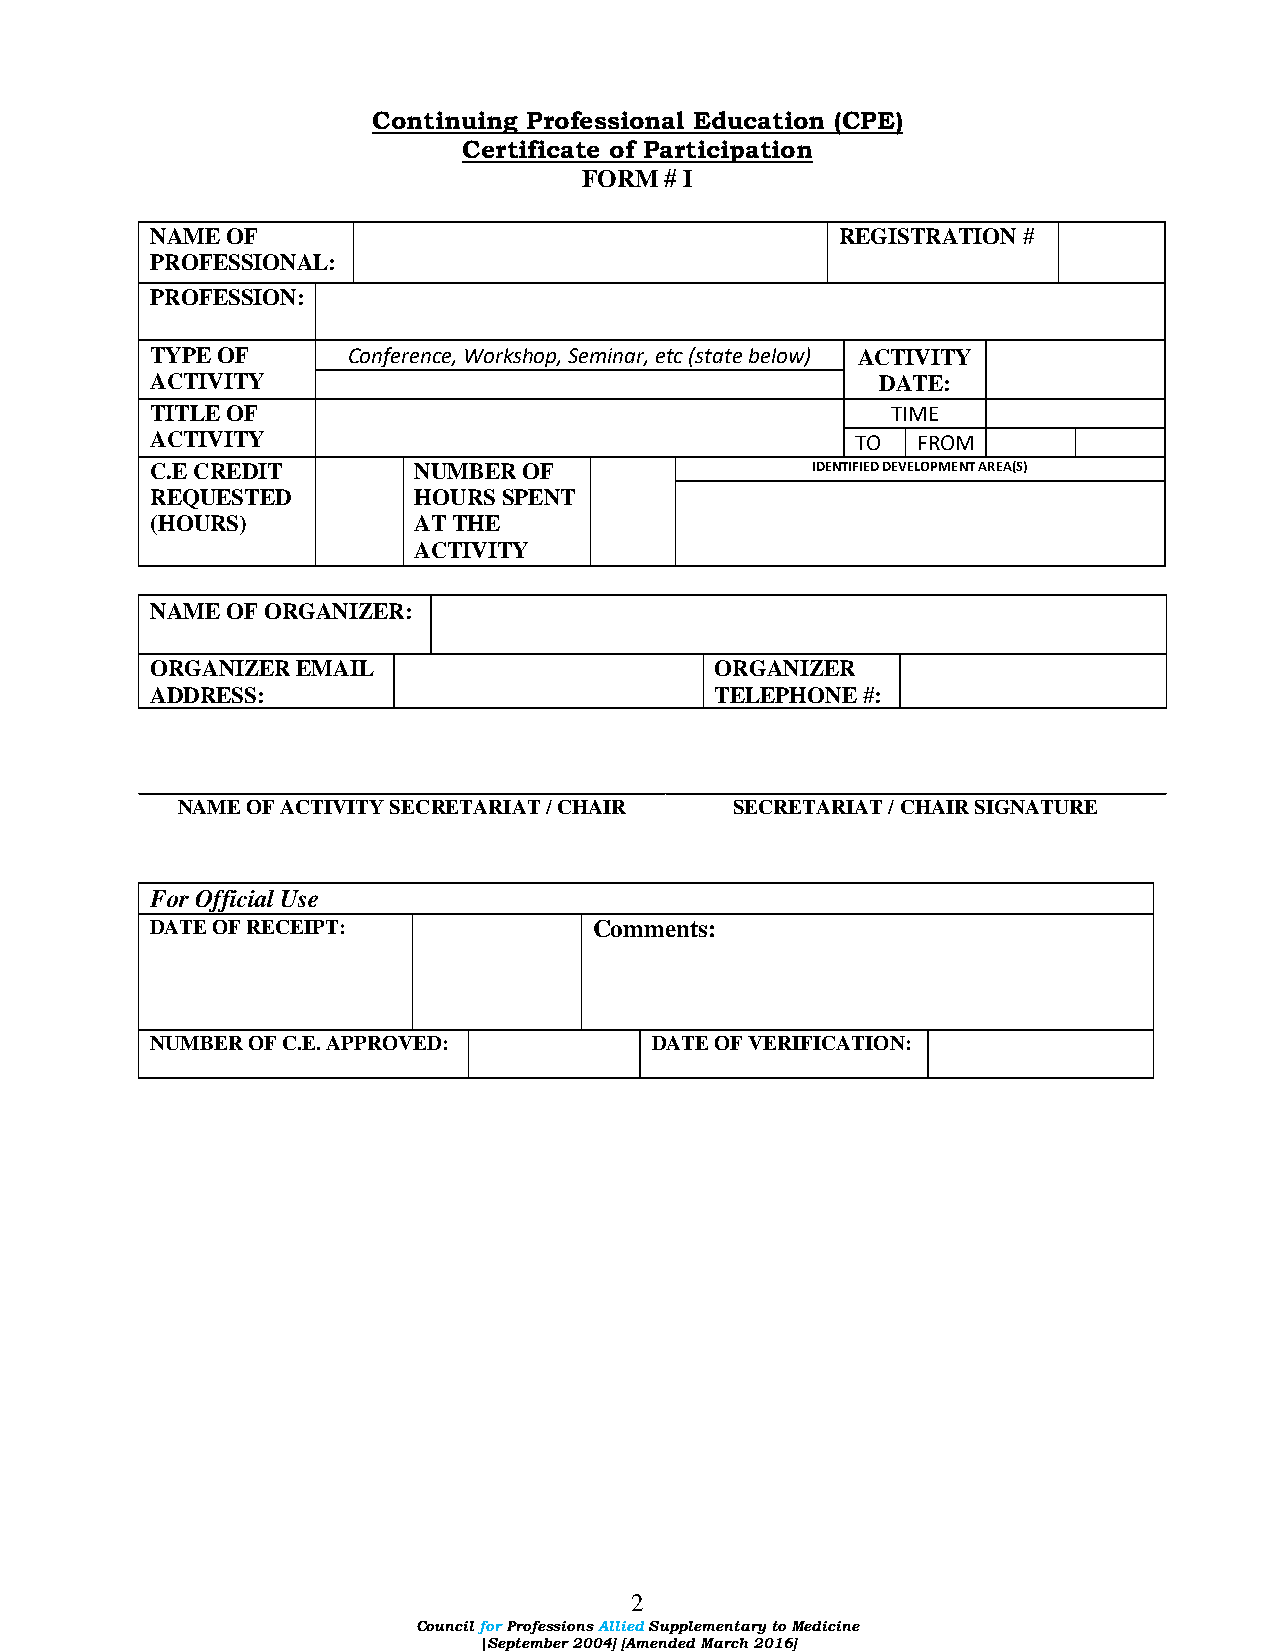
Continuing Professional Education (CPE)
 Certificate of Participation
 FORM # I
 NAME OF                                       REGISTRATION #
 PROFESSIONAL:
 PROFESSION:
 TYPE OF      Conference, Workshop, Seminar, etc (state below) ACTIVITY
 ACTIVITY                                        DATE:
 TITLE OF                                         TIME
 ACTIVITY                                       TO  FROM
 C.E CREDIT       NUMBER  OF                 IDENTIFIED DEVELOPMENT AREA(S)
 REQUESTED        HOURS SPENT
 (HOURS)          AT THE
 ACTIVITY
 NAME OF ORGANIZER:
 ORGANIZER EMAIL                      ORGANIZER
 ADDRESS:                             TELEPHONE #:
 NAME OF ACTIVITY SECRETARIAT / CHAIR SECRETARIAT / CHAIR SIGNATURE
 For Official Use
 DATE OF RECEIPT:             Comments:
 NUMBER OF C.E. APPROVED:         DATE OF VERIFICATION:
 2
 Council for Professions Allied Supplementary to Medicine
 |September 2004] [Amended March 2016]